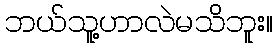
ဘယ်သူ့ဟာလဲမသိဘူး။